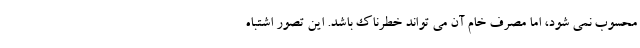
محسوب نمي شود، اما مصرف خام آن مي تواند خطرناك باشد. اين تصور اشتباه